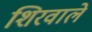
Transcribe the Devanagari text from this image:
शिरवाले